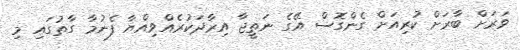
ވަރަށް ބާރަށް ކުރިއަށް ގެންގޮސް އޭގެ ނަތީޖާ އިރާދަކުރެއްވިއްޔާ ފެނުމާ ގާތުގައި މި